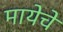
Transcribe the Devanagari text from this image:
मायेचें